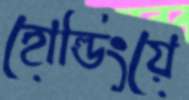
হোল্ডিংয়ে